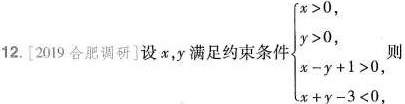
12.[2019合肥调研]设x，y满足约束条件 $$\left\{\begin{matrix}x>0,\\y>0,\\x-y+1>0,\\x+y-3<0,\end{matrix}\right，$$则